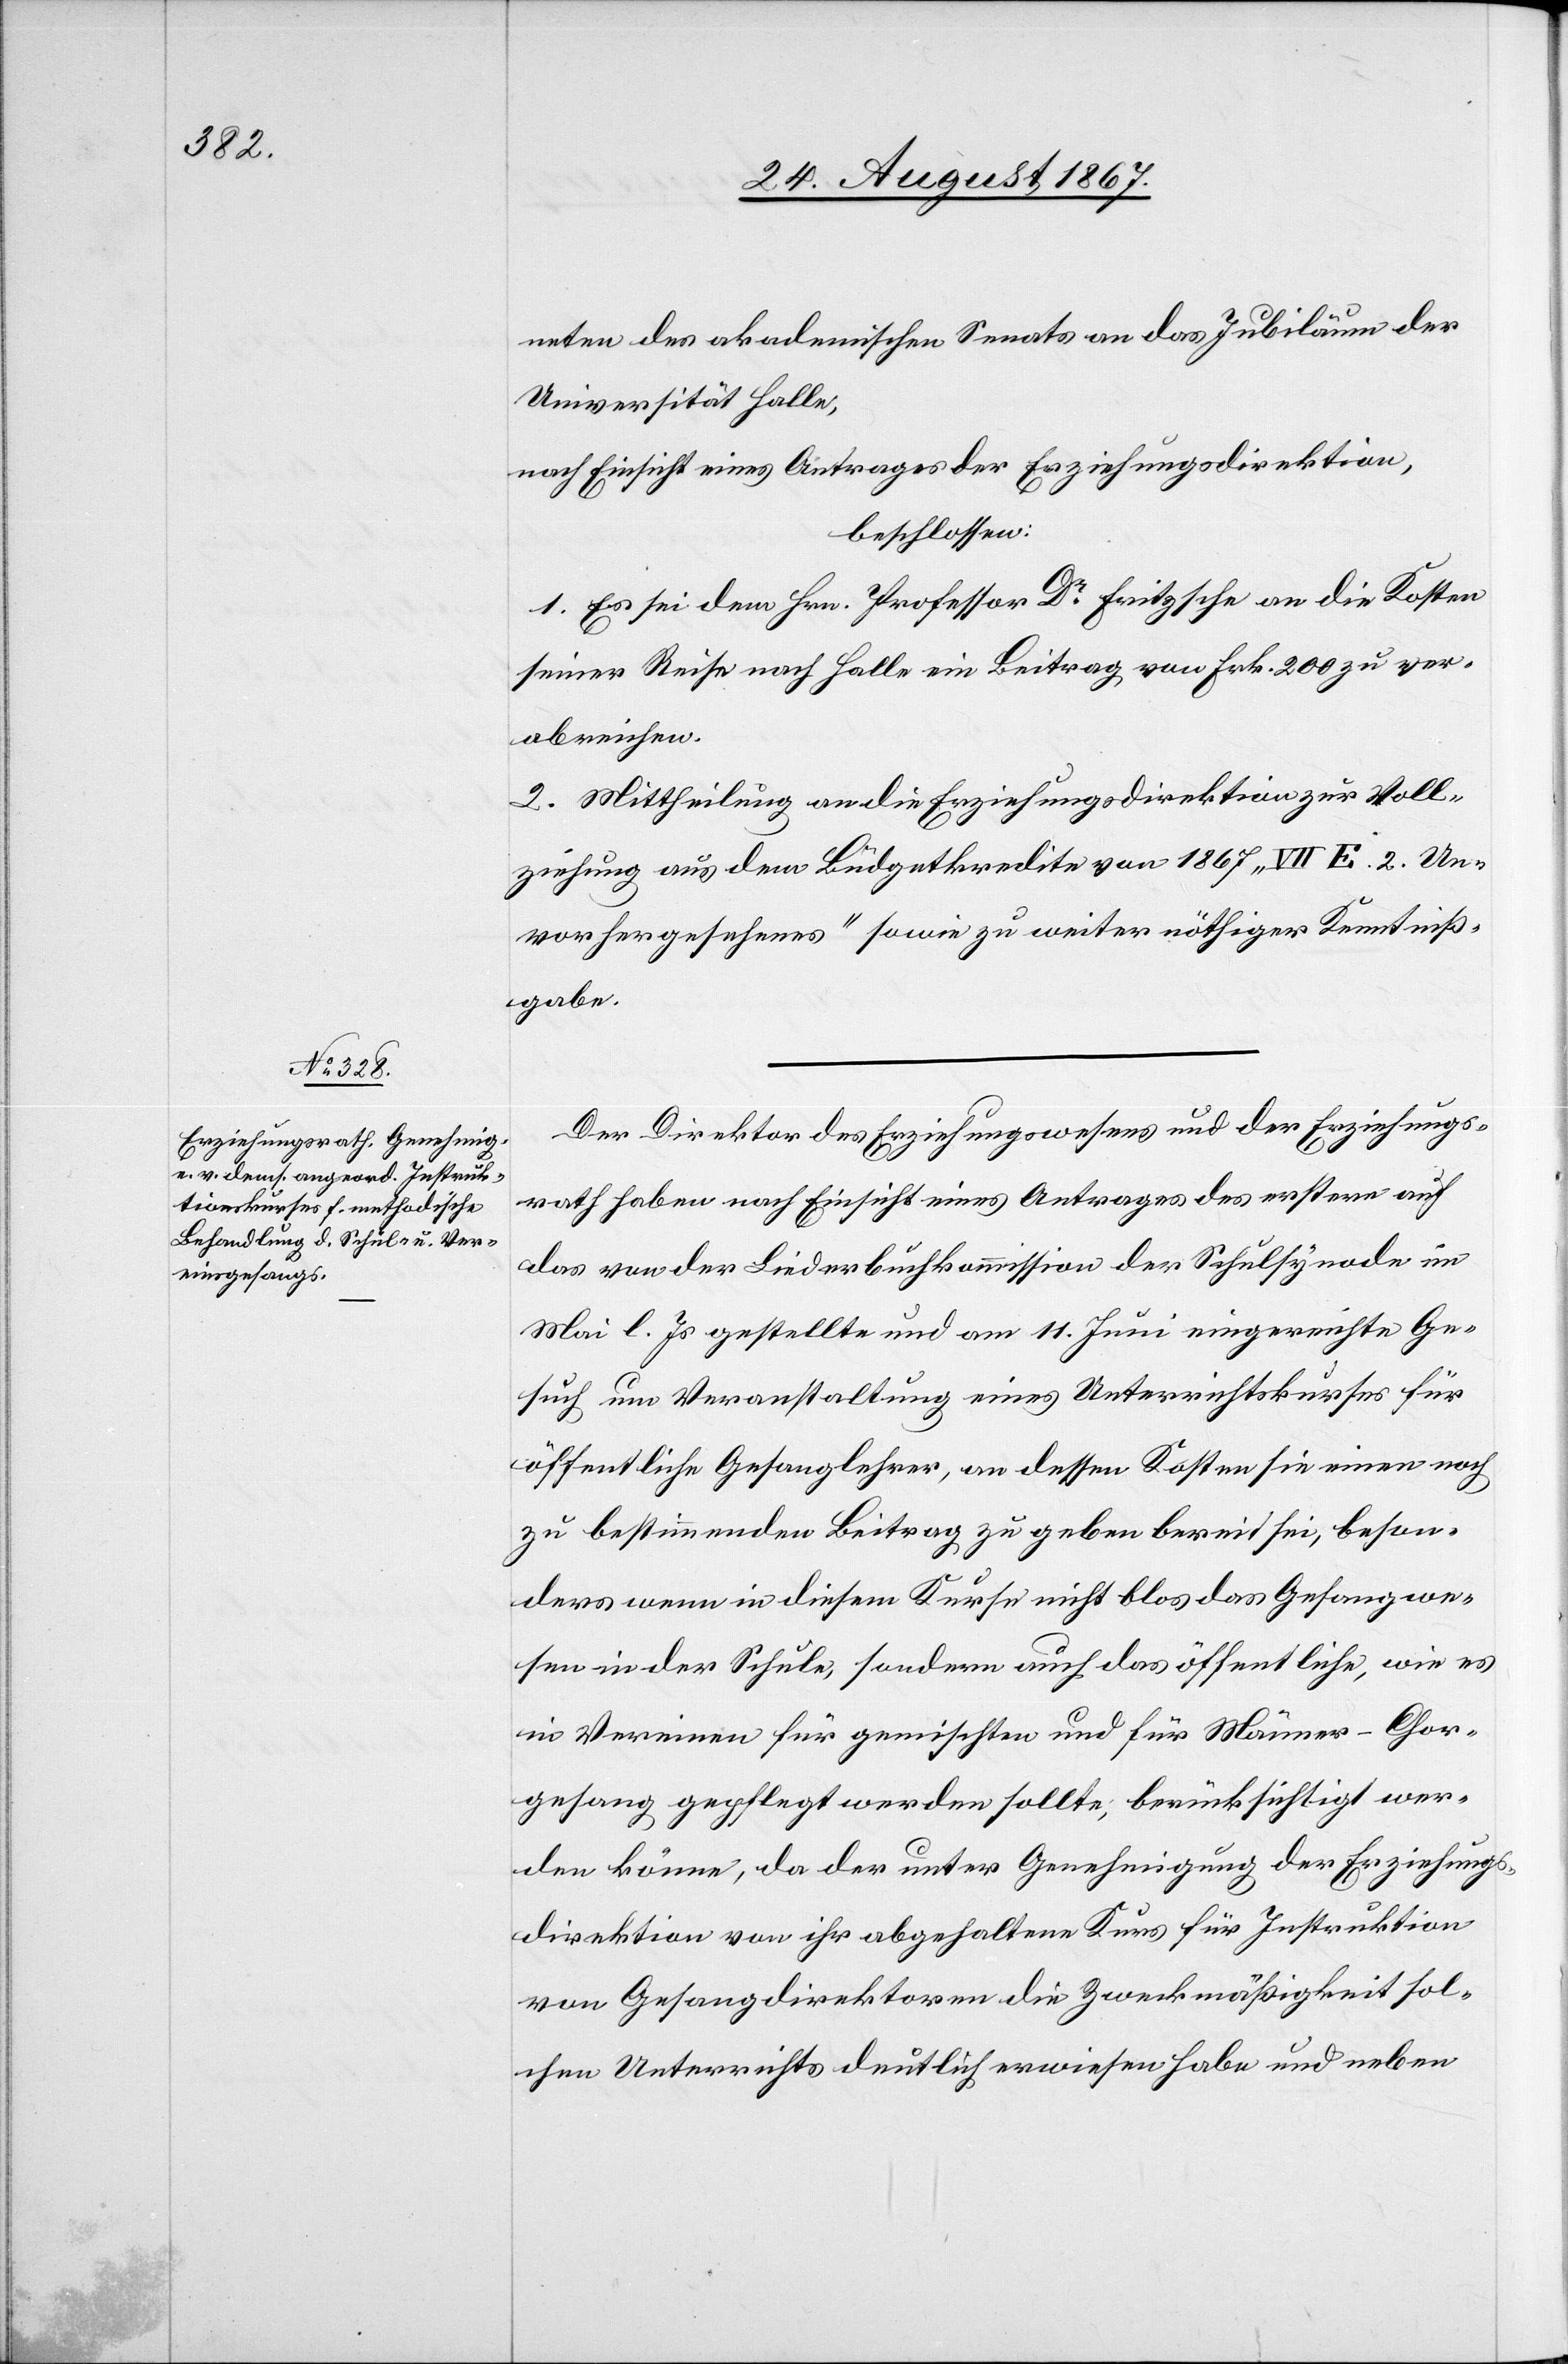
neten des akademischen Senats an das Jubiläum der
Universität Halle,
nach Einsicht eines Antrages der Erziehungsdirektion,
beschlossen:
1. Es sei dem Hrn. Professor Dr. Fritzsche an die Kosten
seiner Reise nach Halle ein Beitrag von Frk. 200 zu ver¬
abreichen.
2. Mittheilung an die Erziehungsdirektion zur Voll¬
ziehung aus dem Büdgetkredite von 1867 „VII. E. 2. Un¬
vorhergesehenes“ sowie zu weiter nöthiger Kenntniß¬
gabe.
Der Direktor des Erziehungswesens und der Erziehungs¬
rath haben nach Einsicht eines Antrages des erstern auf
das von der Liederbuchkommission der Schulsynode im
Mai l. Js. gestellte und am 11. Juni eingereichte Ge¬
such um Veranstaltung eines Unterrichtskurses für
öffentliche Gesanglehrer, an dessen Kosten sie einen noch
zu bestimmenden Beitrag zu geben bereit sei, beson¬
ders wenn in diesem Kurse nicht blos das Gesangwe¬
sen in der Schule, sondern auch das öffentliche, wie es
in Vereinen für gemischten und für Männer-Chor¬
gesang gepflegt werden sollte, berücksichtigt wer¬
den könne, da der unter Genehmigung der Erziehungs¬
direktion von ihr abgehaltene Kurs für Instruktion
von Gesangdirektoren die Zweckmäßigkeit sol¬
chen Unterrichts deutlich erwiesen habe und neben